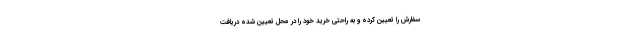
سفارش را تعیین کرده و به راحتی خرید خود را در محل تعیین شده دریافت